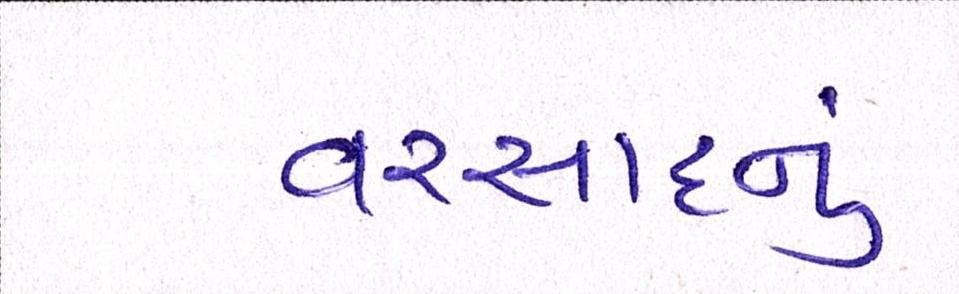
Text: વરસાદનું